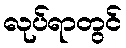
လုပ်ရာတွင်